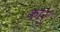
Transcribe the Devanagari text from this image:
कोरु